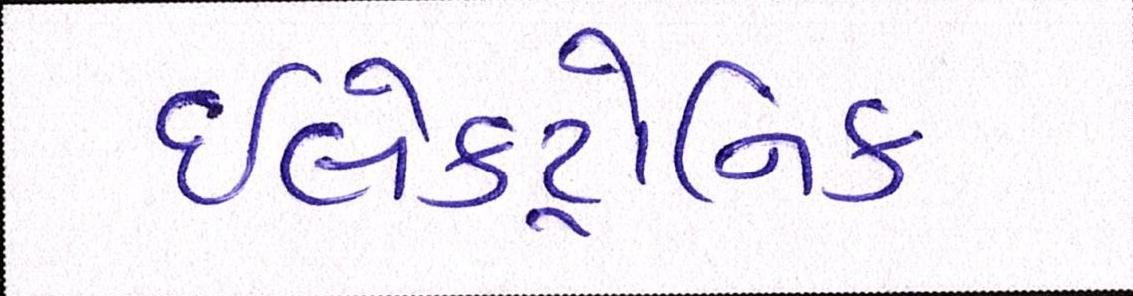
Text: ઇલેક્ટ્રોનિક